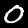
Label: 0